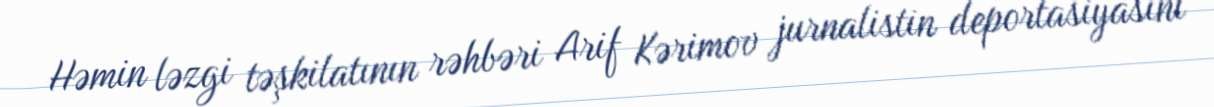
Həmin ləzgi təşkilatının rəhbəri Arif Kərimov jurnalistin deportasiyasını